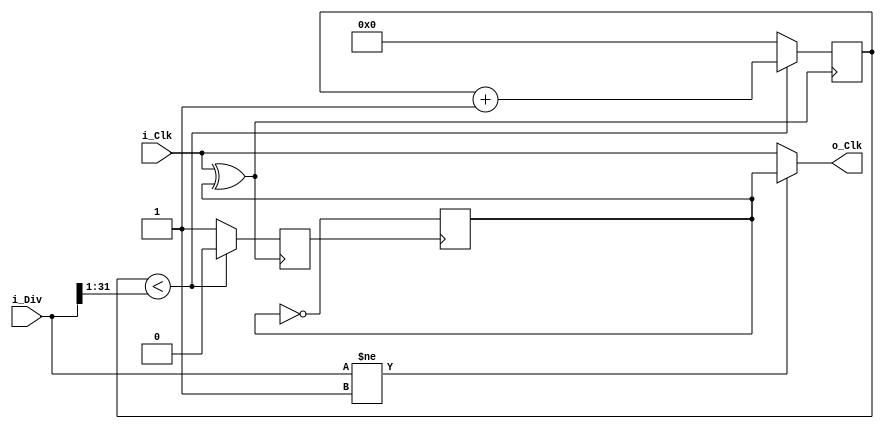
//`include "para.v"
`define WI 32
`timescale 1ns / 1ps

module CW_Div_Odd (i_Clk,o_Clk,i_Div);

input i_Clk;

parameter WIDE = 32;

input [WIDE-1:0] i_Div;

output o_Clk;
wire o_Clk;

reg outCLK;

reg Cout;

reg [WIDE-1:0 ] Cnt ;

initial  Cnt = 0;

wire inCLK;

reg Cc;

initial Cc = 0;

always @(posedge  Cout) 	Cc <= ~ Cc; 

assign inCLK  = i_Clk ^ Cc;

 always @ (posedge inCLK)
	 begin
		 if ( Cnt < (i_Div[WIDE-1:1])) begin   Cnt <=  Cnt +32'b1;  Cout <= 1'b0; end// i_Div /2  eg. i_Div2 is 1 i_Div 4 is 2 
		 else begin  Cnt <= 0 ; Cout <= 1'b1;end
	 end

 always @ (negedge i_Clk) 	outCLK <= Cout; 

 assign o_Clk = (i_Div != 32'd1 ) ?  Cc :i_Clk ;

 endmodule